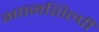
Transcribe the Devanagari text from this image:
भवनशिल्पी